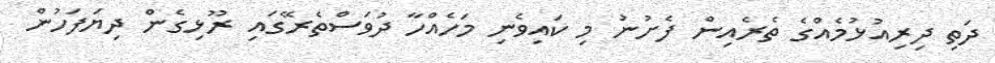
ދަތި ދިރިއުޅުމެއްގެ ތެރެއިން ފެށުނު މި ކައިވެނި މަހެއްހާ ދުވަސްތެރޭގައި ރޫޅިގެން ދިޔަފަހުން